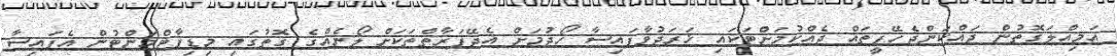
އަމިއްލަގޮތުން ދައްކަންޖެހޭފީތައް ދެއްކުމަށްޓަކައި ޚަރަދުވާފައިސާ ހޯދުމަށް އެދޭފަރާތްތަކަށް ލޯނެއްގެ ގޮތުގައި މިޑިޕާޓްމަންޓުން އެފައިސާ